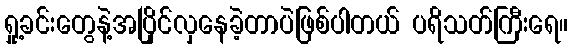
ရှု့ခင်းတွေနဲ့အပြိုင်လှနေခဲ့တာပဲဖြစ်ပါတယ် ပရိသတ်ကြီးရေ။